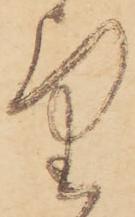
望